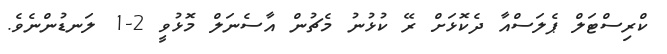
ކްރިސްޓަލް ޕެލަސްއާ ދެކޮޅަށް ރޭ ކުޅުނު މެޗުން އާސެނަލް މޮޅުވީ 2-1 ލަނޑުންނެވެ.